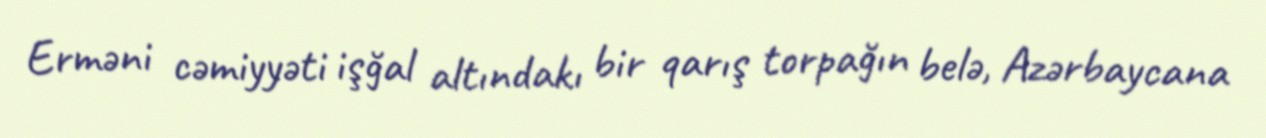
Erməni cəmiyyəti işğal altındakı bir qarış torpağın belə, Azərbaycana